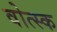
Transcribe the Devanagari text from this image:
वोत्स्क